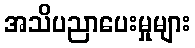
အသိပညာပေးမှုများ